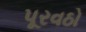
પૂરવઠો